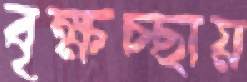
বৃক্ষচ্ছায়